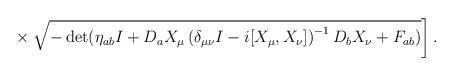
LaTeX: \begin{align*}\times \left. \sqrt{ -\det( \eta_{ab} I + D_a X_{\mu} \left(\delta_{\mu\nu} I-i[X_{\mu}, X_{\nu}] \right)^{-1} D_b X_{\nu} + F_{ab} ) } \right].\end{align*}